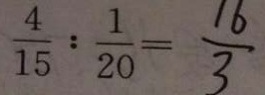
\frac { 4 } { 1 5 } : \frac { 1 } { 2 0 } = \frac { 1 6 } { 3 }